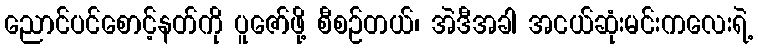
ညောင်ပင်စောင့်နတ်ကို ပူဇော်ဖို့ စီစဉ်တယ်၊ အဲဒီအခါ အငယ်ဆုံးမင်းကလေးရဲ့